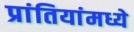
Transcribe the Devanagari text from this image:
प्रांतियांमध्ये